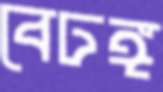
বেঢঙ্গ